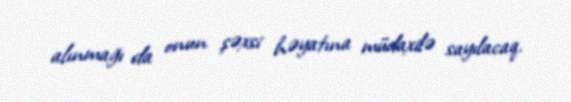
alınmağı da onun şəxsi həyatına müdaxilə sayılacaq.